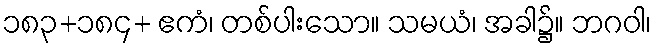
၁၈၃+၁၈၄+ ဧကံ၊ တစ်ပါးသော။ သမယံ၊ အခါ၌။ ဘဂဝါ၊